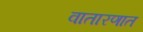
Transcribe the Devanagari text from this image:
वातारणात